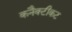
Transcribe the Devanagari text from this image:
कनैक्टीकट